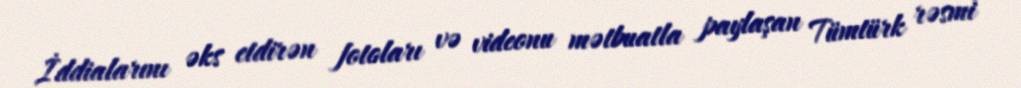
İddialarını əks etdirən fotoları və videonu mətbuatla paylaşan Tümtürk rəsmi